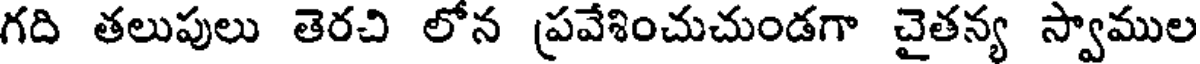
గది తలుపులు తెరచి లోన ప్రవేశించుచుండగా చైతన్య స్వాముల